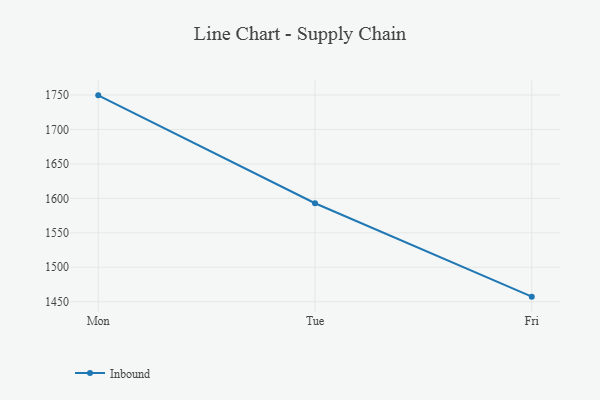
{"axis": {"x": "Day", "y": "Active Users"}, "legend": ["Inbound"], "data": [{"x": "Mon", "y": 1749.5, "type": "Inbound"}, {"x": "Tue", "y": 1592.9, "type": "Inbound"}, {"x": "Fri", "y": 1457.4, "type": "Inbound"}]}